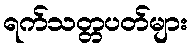
ရက်သတ္တပတ်များ